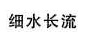
细水长流